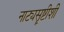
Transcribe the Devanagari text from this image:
नाट्यसॄष्टीशी